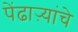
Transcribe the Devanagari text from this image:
पेंढाऱ्यांचे